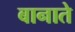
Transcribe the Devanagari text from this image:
बानाते